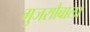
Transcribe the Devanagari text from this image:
गुजराौवाला